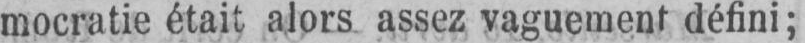
mocratie était alors assez vaguement défini;